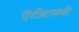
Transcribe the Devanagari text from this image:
ऍंटीटमची